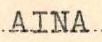
AINA